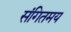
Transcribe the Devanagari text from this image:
संगितमय